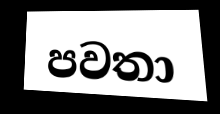
පවතා